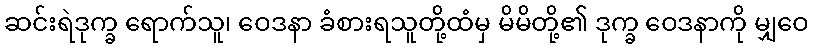
ဆင်းရဲဒုက္ခ ရောက်သူ၊ ဝေဒနာ ခံစားရသူတို့ထံမှ မိမိတို့၏ ဒုက္ခ ဝေဒနာကို မျှဝေ